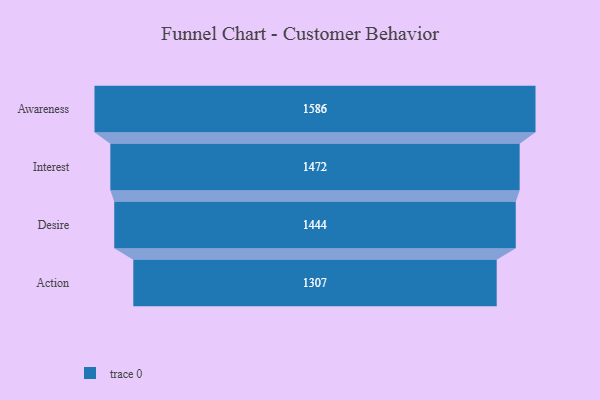
{"axis": {"x": "Stage", "y": "Value"}, "legend": [""], "data": [{"x": "Awareness", "y": 1586.0, "type": ""}, {"x": "Interest", "y": 1472.0, "type": ""}, {"x": "Desire", "y": 1444.0, "type": ""}, {"x": "Action", "y": 1307.0, "type": ""}]}